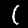
Digit: 1